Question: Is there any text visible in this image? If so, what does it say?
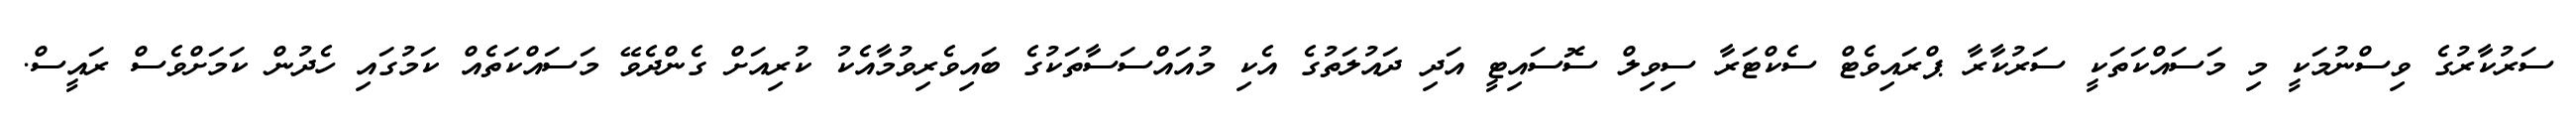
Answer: ސަރުކާރުގެ ވިސްނުމަކީ މި މަސައްކަތަކީ ސަރުކާރާ ޕްރައިވެޓް ސެކްޓަރާ ސިވިލް ސޮސައިޓީ އަދި ދައުލަތުގެ އެކި މުއައްސަސާތަކުގެ ބައިވެރިވުމާއެކު ކުރިއަށް ގެންދެވޭ މަސައްކަތެއް ކަމުގައި ހެދުން ކަމަށްވެސް ރައީސް.